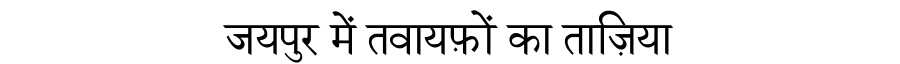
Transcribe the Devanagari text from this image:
जयपुर में तवायफ़ों का ताज़िया